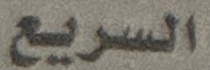
السريع